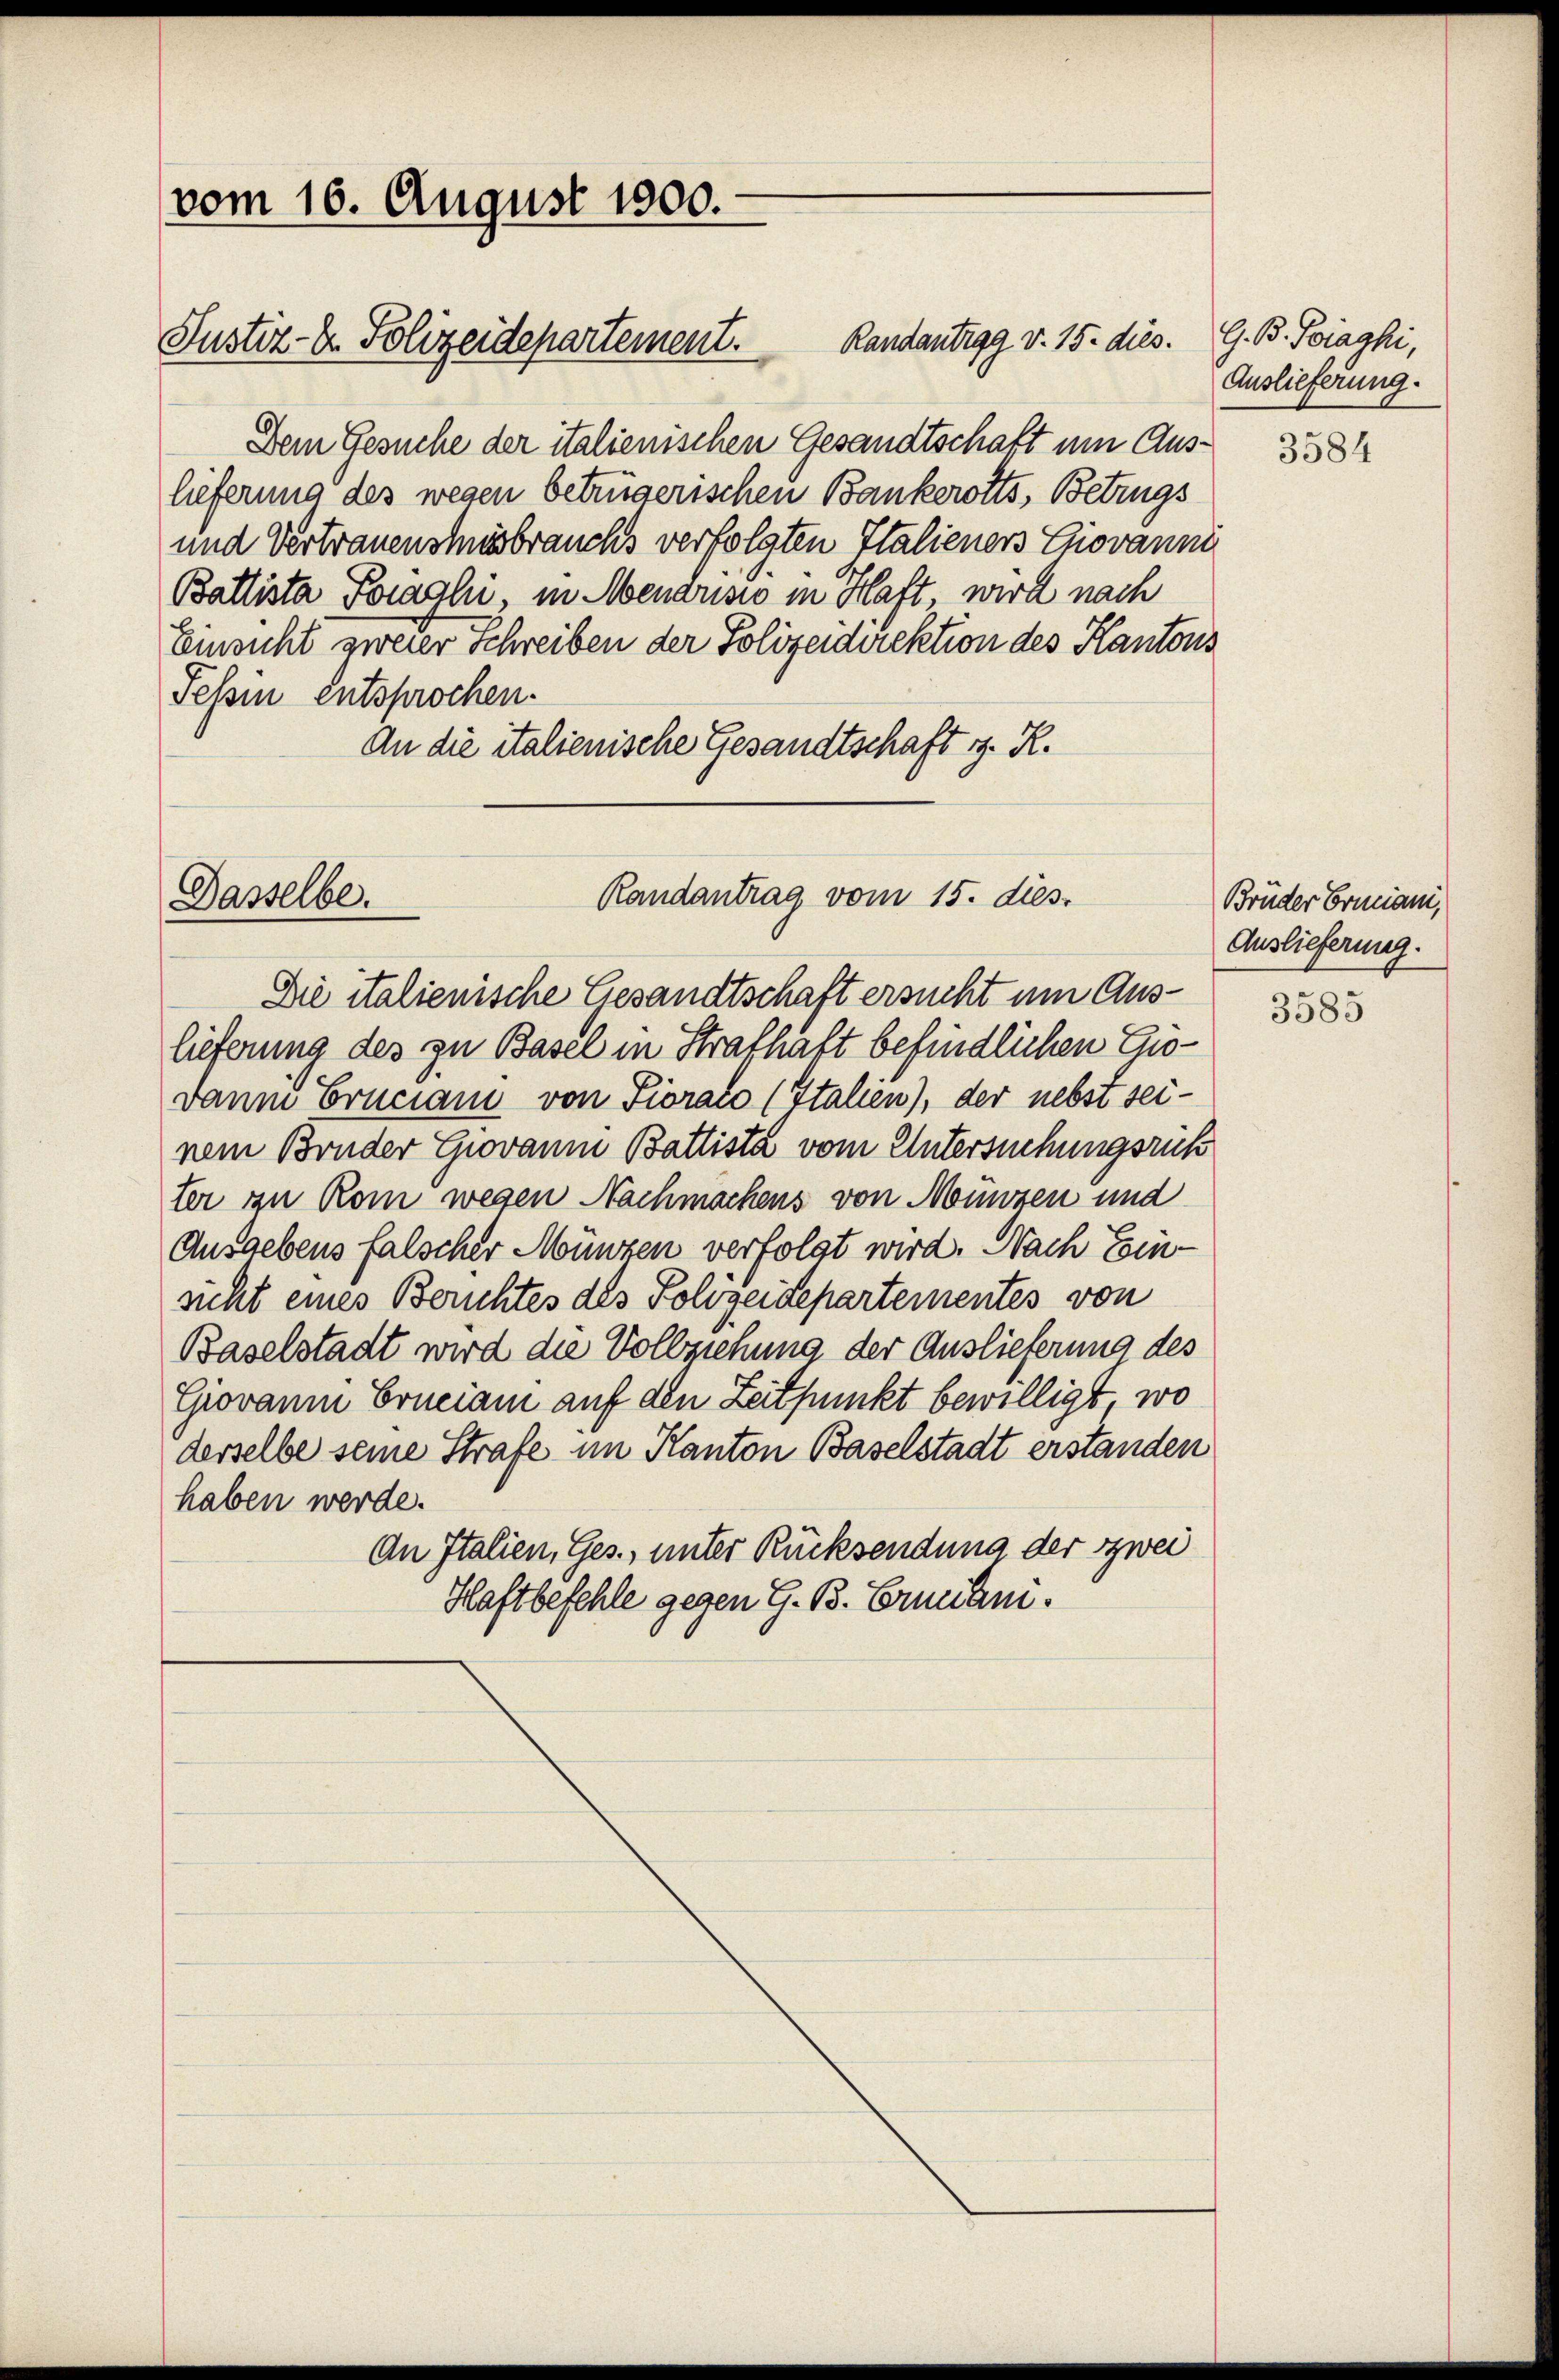
vom 16. August 1900.

Justiz- & Polizeidepartement.

Randantigg v. 15. dies. G. B. Poiaghi,
Dem Gesuche der italienischen Gesandtschaft um Auslieferung des wegen betrügerischen Bankerotts, Betrugs
und Vertrauensmösbrauchs verfolgten Italieners Giovanni
Baltista Poraghi, in Menarisio in Haft, wird nach
Einsicht zweier Schreiben der Polizeidirektion des Kantons
Tessin entsprochen.
An die italienische Gesandtschaft d. R.

Randantrag vom 15. dies.
Dasselbe.

Die italienische Gesandtschaft ersucht um Auslieferung des zu Basel in Strafhaft befindlichen Cho¬
Dann Ernciani von Piorato (Italien), der nebst seinem Bruder Giovanm Battista vom Untersuchungsruh
ter zu Rom wegen Nachmachens von Münzen und
Ausgebens falscher Münzen verfolgt wird. Nach Ein-
sicht eines Berichtes des Polizeidepartementes von
Baselstadt wird die Vollziehung der Auslieferung des
Giovaum Ernciam auf den Zeitpunkt bewilligt, wo
derselbe seine Strafe im Kanton Baselstadt erstanden
haben werde.
An Italien, Ges., unter Rücksendung der zwei
Haftbefehle gegen G. B. Ermiten.

Auslieferung.

3584

Brüder Ermani,
Auslieferung.

3585